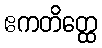
ဧကတိတ္ထေ